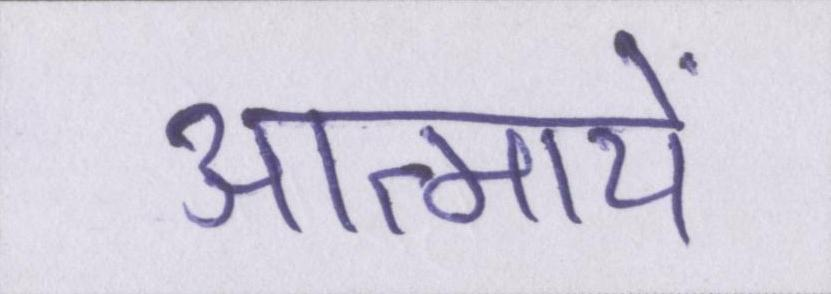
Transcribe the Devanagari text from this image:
आत्मायें